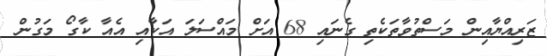
ޒަރިއްޔާއިން މަސްތުވާތަކެތި ގެނައި 68 އަށް މައްސަލަ އަކާއި އެއާ ކާގޯ މަގުން